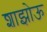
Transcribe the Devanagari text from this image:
शाझोऊ